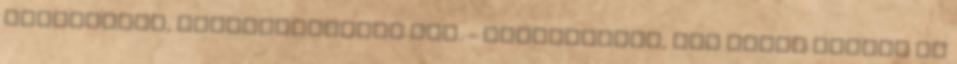
bankkártya, barátnőfénykép stb. - vonaljegyek, nem pesti vagyok de